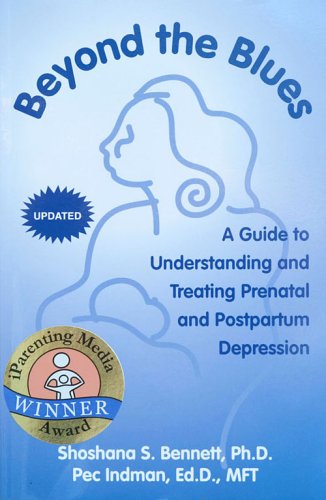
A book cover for Beyond the Blues: A Guide to Understanding And Treating Prenatal And Postpartum Depression; Shoshana S. Bennett; Health, Fitness & Dieting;